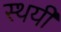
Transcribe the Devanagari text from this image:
स्थयी